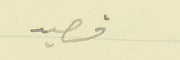
قصيد